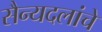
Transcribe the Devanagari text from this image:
सैन्यदलांचे